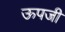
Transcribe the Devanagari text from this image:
ऊपजी